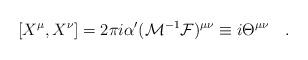
LaTeX: \begin{align*}[X^{\mu},X^{\nu}] = 2\pi i \alpha^{\prime} ({\cal M}^{-1} {\cal F} )^{\mu\nu}\equiv i \Theta^{\mu\nu} \quad .\end{align*}